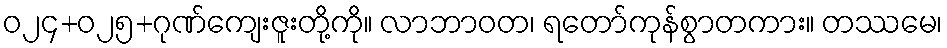
ဝ၂၄+၀၂၅+ဂုဏ်ကျေးဇူးတို့ကို။ လာဘာဝတ၊ ရတော်ကုန်စွာတကား။ တဿမေ၊